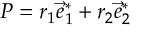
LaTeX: P = r _ { 1 } \vec { e } _ { 1 } ^ { * } + r _ { 2 } \vec { e } _ { 2 } ^ { * }